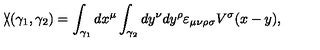
\backslash \! \! \! \slash ( \gamma _ { 1 } , \gamma _ { 2 } ) = \int _ { \gamma _ { 1 } } d x ^ { \mu } \int _ { \gamma _ { 2 } } d y ^ { \nu } d y ^ { \rho } \varepsilon _ { \mu \nu \rho \sigma } V ^ { \sigma } ( x - y ) ,